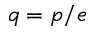
q = p / e